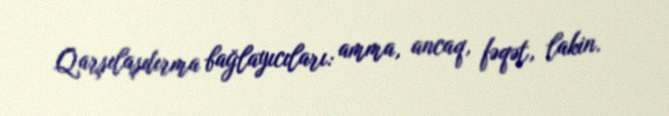
Qarşılaşdırma bağlayıcıları: amma, ancaq, fəqət, lakin.